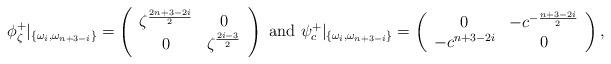
LaTeX: \begin{align*}\phi_{\zeta}^+|_{\{\omega_i,\omega_{n+3-i}\}} = \left( \begin{array}{cc}\zeta^{\frac{2n+3-2i}{2}} & 0 \\ 0 & \zeta^{\frac{2i-3}{2}} \\ \end{array}\right) \mbox{ and } \psi_c^+ |_{\{\omega_i,\omega_{n+3-i}\}}= \left( \begin{array}{cc} 0& -c^{-\frac{n+3-2i}{2}} \\ -c^{n+3-2i} & 0 \\ \end{array}\right), \end{align*}